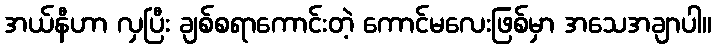
အယ်နီဟာ လှပြီး ချစ်စရာကောင်းတဲ့ ကောင်မလေးဖြစ်မှာ အသေအချာပါ။